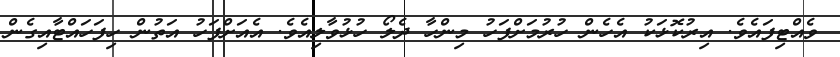
ވެއްޓިފައެވެ. އިރުކޮޅަކު އެހެން ހުރުމަށްފަހު މިންހާ ދެލޯ ހުޅުވާލިއެވެ. އެއަށްފަހު އަތުން ހިފަހައްޓާއިގެން